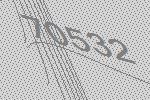
70532